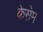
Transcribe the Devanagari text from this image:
केसेम